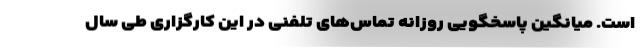
است. میانگین پاسخگویی روزانه تماس‌های تلفنی در این کارگزاری طی سال